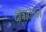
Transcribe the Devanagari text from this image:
क्षेत्राततले